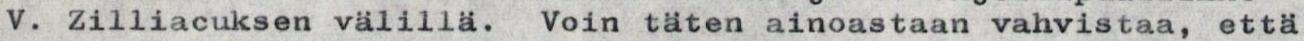
V. Zilliacuksen välillä. Voin täten ainoastaan vahvistaa, että